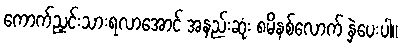
ကောက်ညှင်းသားရလာအောင် အနည်းဆုံး ၈မိနစ်လောက် နှဲပေးပါ။